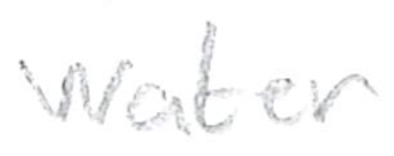
Text: water
Cross-out: clean
Writing tool: pencil